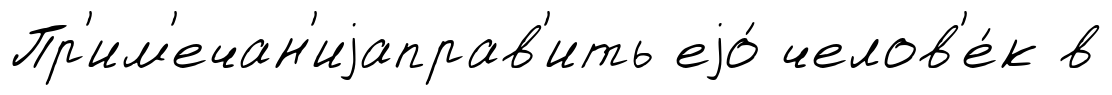
Пр'им'ечан'иjаправ'ить еjо́ челов'е́к в